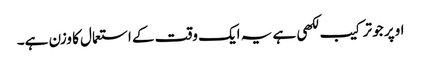
اوپر جو ترکیب لکھی ہے یہ ایک وقت کے استعمال کا وزن ہے۔